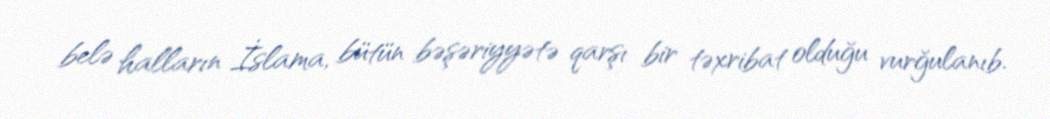
belə halların İslama, bütün bəşəriyyətə qarşı bir təxribat olduğu vurğulanıb.